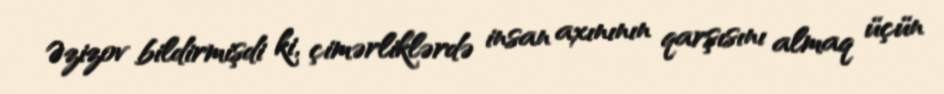
Əzizov bildirmişdi ki, çimərliklərdə insan axınının qarşısını almaq üçün